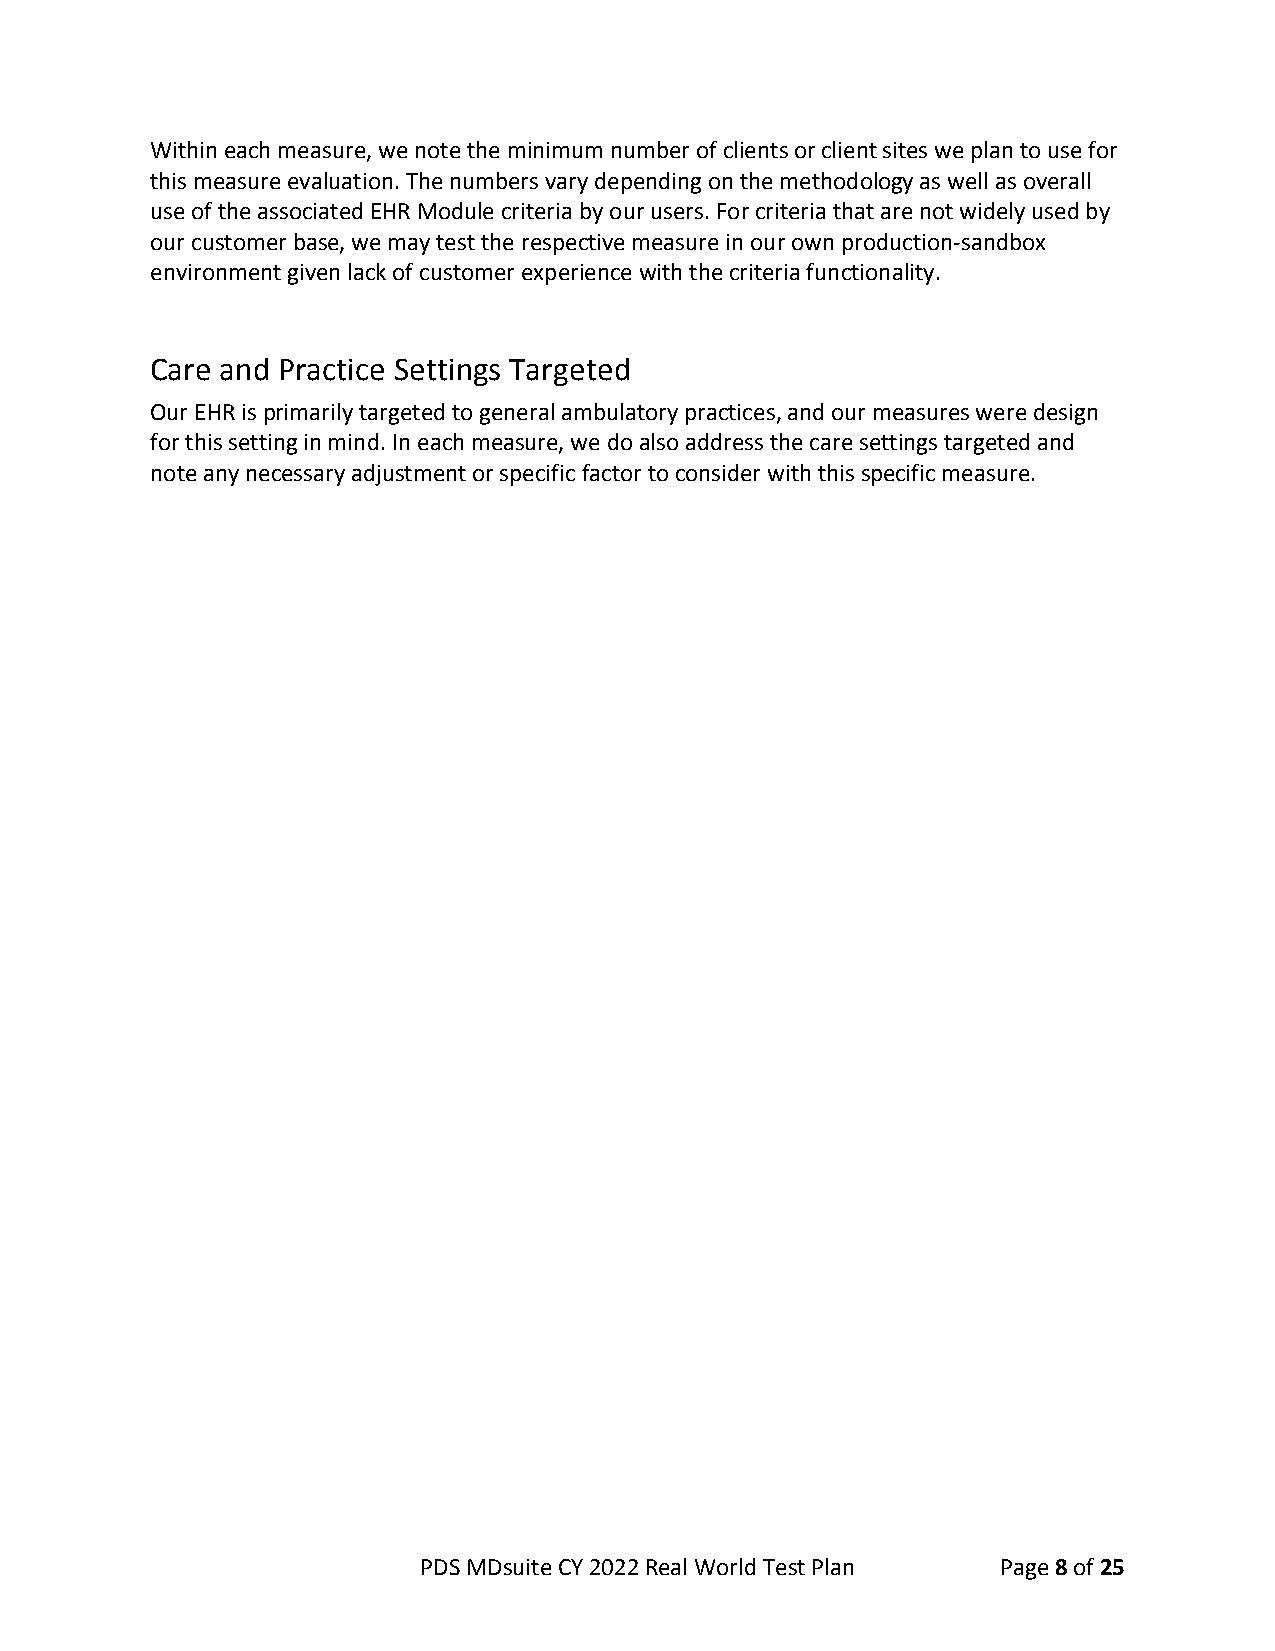
Within each measure, we note the minimum number of clients or client sites we plan to use for
 this measure evaluation. The numbers vary depending on the methodology as well as overall
 use of the associated EHR Module criteria by our users. For criteria that are not widely used by
 our customer base, we may test the respective measure in our own production-sandbox
 environment given lack of customer experience with the criteria functionality.
 Care and Practice Settings Targeted
 Our EHR is primarily targeted to general ambulatory practices, and our measures were design
 for this setting in mind. In each measure, we do also address the care settings targeted and
 note any necessary adjustment or specific factor to consider with this specific measure.
 PDS MDsuite CY 2022 Real World Test Plan Page 8 of 25